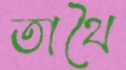
তাথৈ